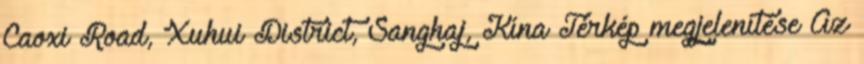
Caoxi Road, Xuhui District, Sanghaj, Kína Térkép megjelenítése Az